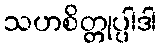
သဟစိတ္တုပ္ပါဒါ